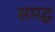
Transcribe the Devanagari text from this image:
समद्ध